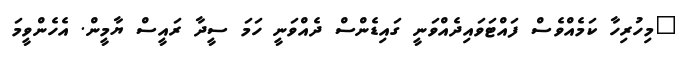
"މިހުރިހާ ކަމެއްވެސް ފައްޓަވައިދެއްވަނީ ގައިޑެންސް ދެއްވަނީ ހަމަ ސީދާ ރައީސް ޔާމީން. އެހެންވީމަ